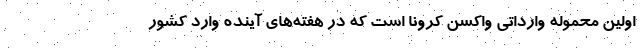
اولین محموله وارداتی واکسن کرونا است که در هفته‌های آینده وارد کشور